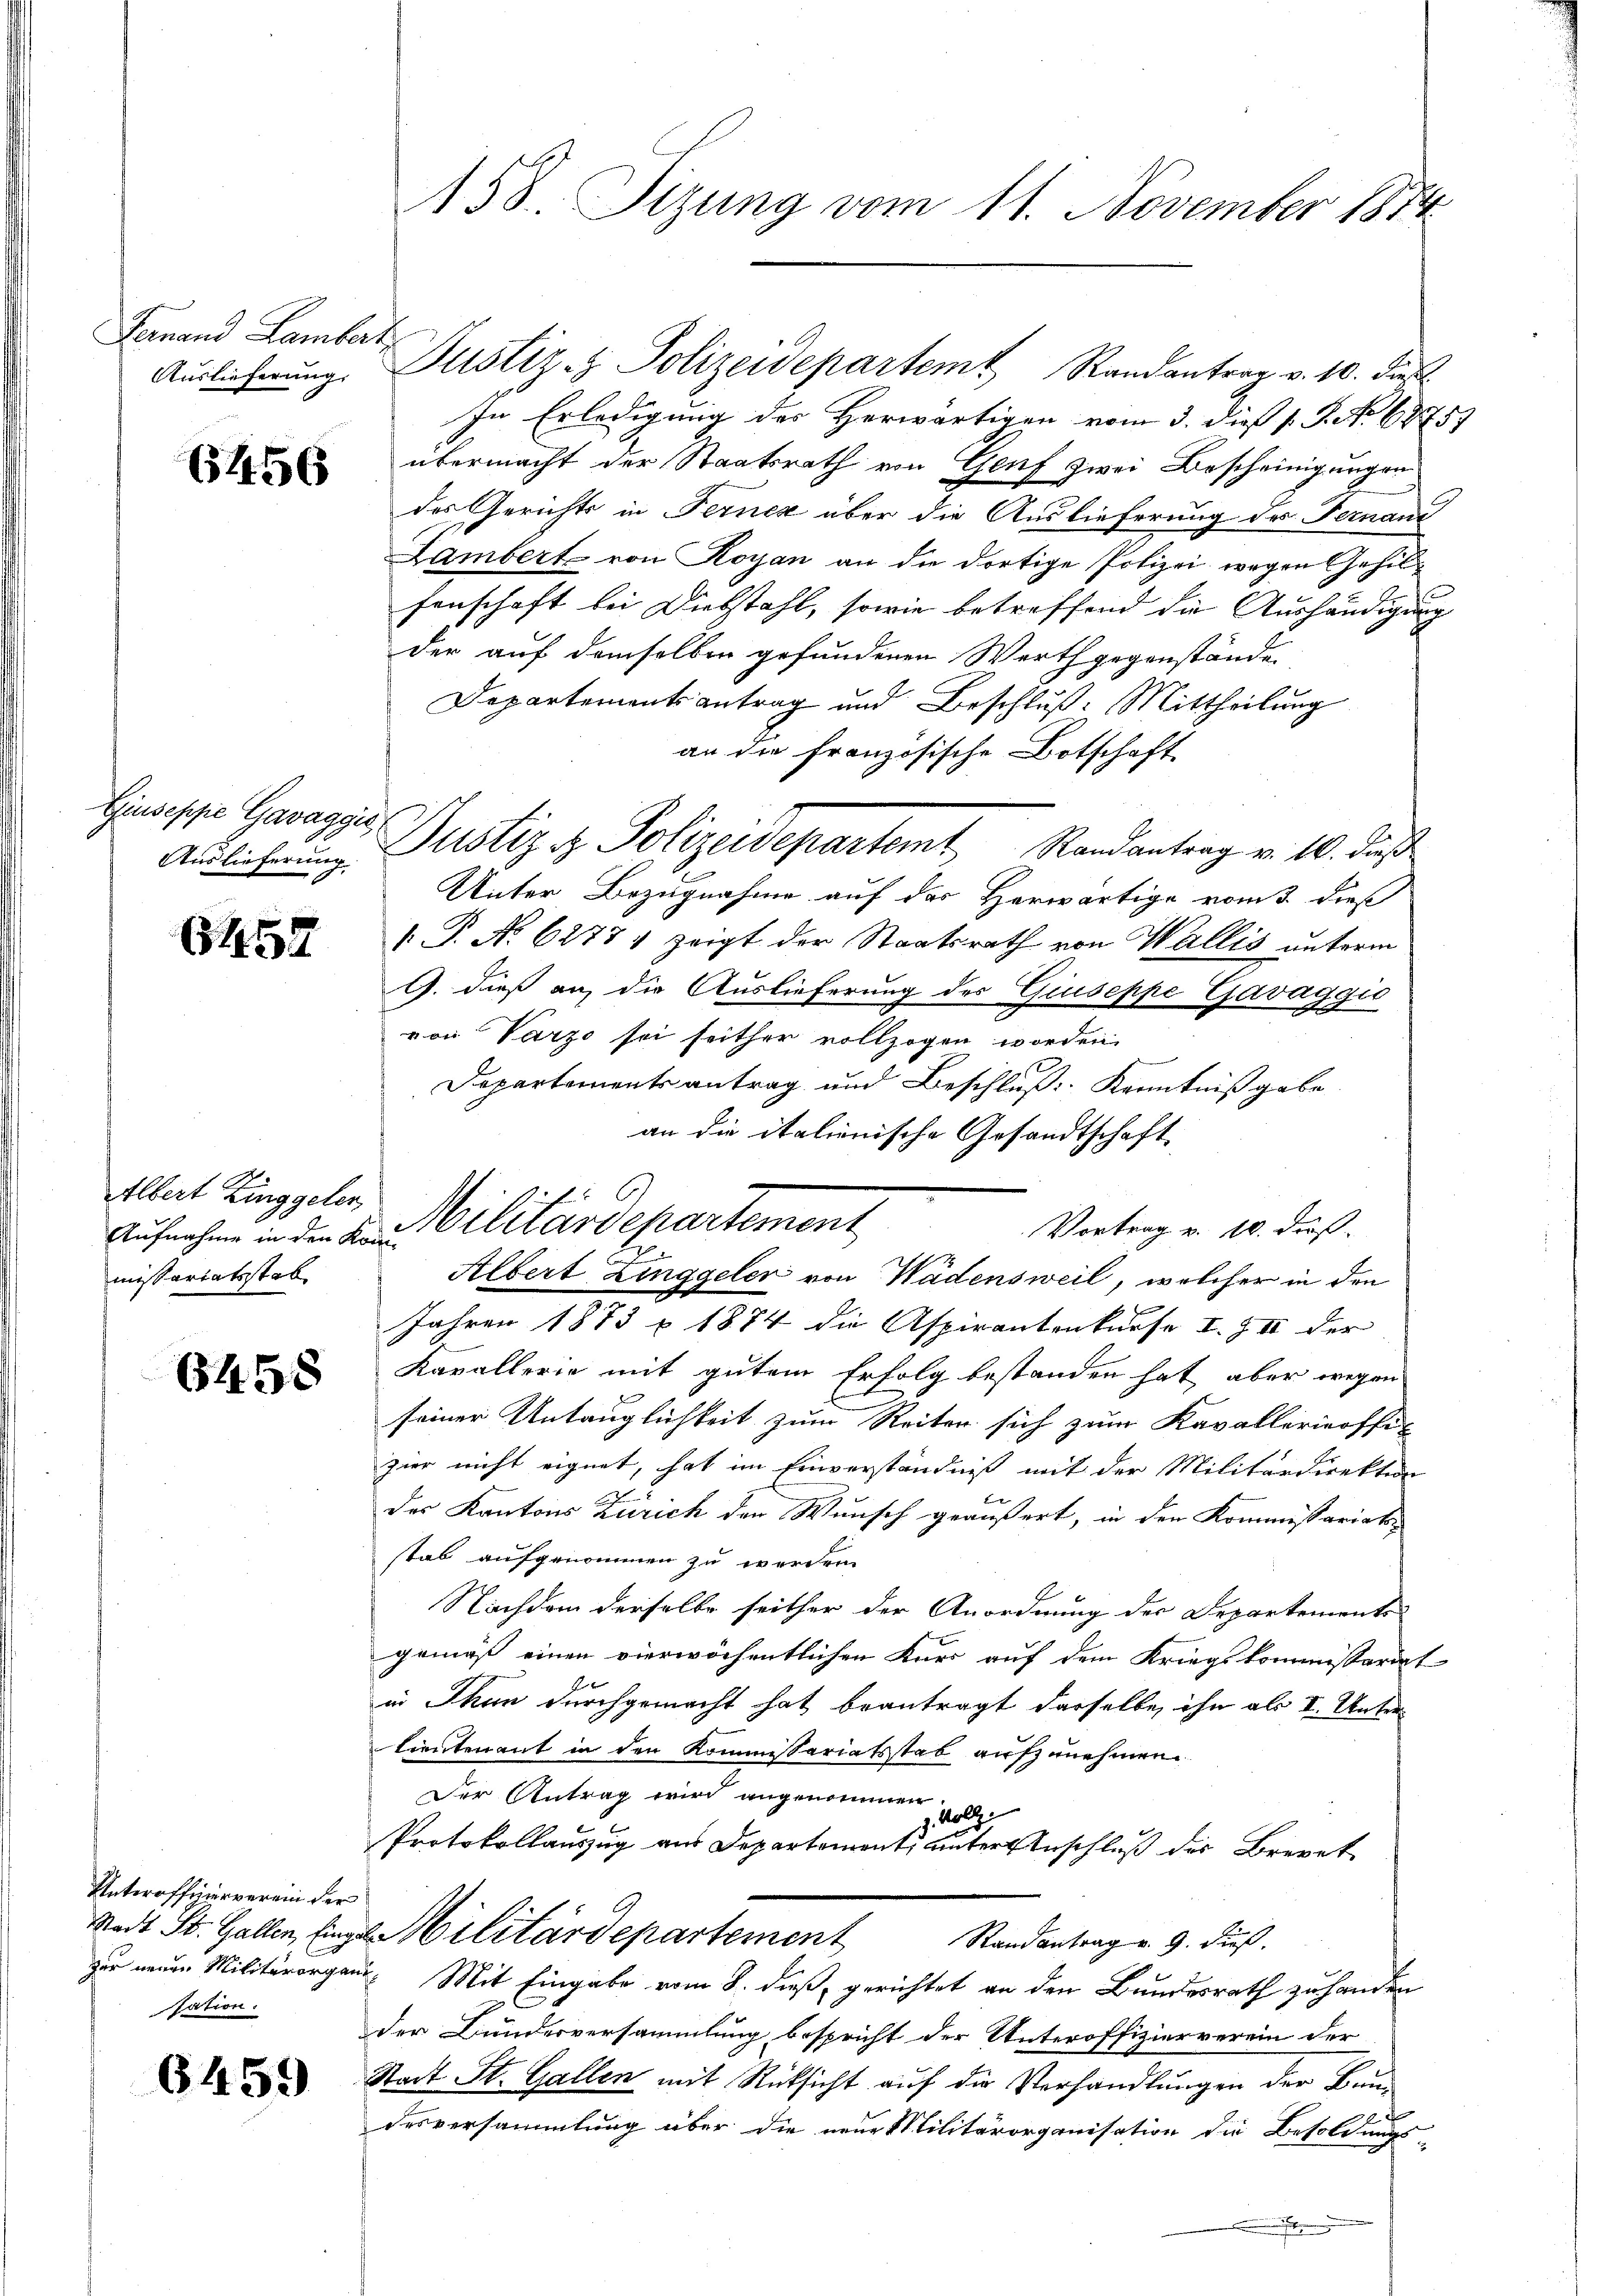
Genand Lambert
Auslieferung.

6456

Giuseppe Gavaggi
Auslieferung

6459

Albert Zinggeler,
missariatsstab

6458

Unterofferverein der
Stadt St. Gallen, Einga
zur neuen Militärorgen
sation.

6459

158. Sizung vom 11. November 1874.

Justiz- & Polizeidepartem Randantrag v. 10. dies
In Erledigung des Herwärtigen vom 3. dieß s. S. No 69759
übermacht der Staatsrath von Genf zwei Bescheinigungen
des Gerichts in Fernez über die Auslieferung des Fernant
Lambert von Royan an die dortige Polizei wegen Gehilsenschaft bei Diebstahl, sowie betreffend die Aushändigung
der auf demselben gefundenen Werth gegenstände,
Departements antrag und Beschluß: Mittheilung
an die französische Botschaft
Justiz & Polizeidepartamt Randantrag v. 10. daß
Unter Bezugnahme auf der Herwärtige vom 3. dieß
s P. No 6277, zeigt der Staatsrath von Wallis unterm
G. dieß an, die Auslieferung der Giuseppe Gavaggio
von Varzo sei seither vollzogen worden.
Departementsantrag und Beschluß: Kenntnißgabe
an die italienische Gesandtschaft
Vortrag v. 10. ders.
Albert Zinggeler von Wädensweil, welcher in den
Jahren 1873 u. 1874 die Aspirantenkurse I. Z II der
Kavallerie mit gutem Erfolg bestanden hat, aber wegen
seiner Untauglichkeit zum Reiten sich zum Kavallerinoffic
zier nicht eignet, hat im Einverständniß mit der Militärdirektion
F
des Kantons Zürich den Wunsch geäußert, in den Kommissariats-
stab aufgenommen zu werden.
Nachdem derselbe seither der Anordnung der Departements
gemäß einen vierwöchentlichen Kner auf dem Kriegskommissariat
in Thun durchgemacht hat beantragt derselbe, ihn als I. Unter¬
Lieutenant in den Kommissariatsstab aufzunehmen.
Der Antrag wird angenommen
g. Woll
Protokollauszug aus Departement, unter Anschluß des Brevet
Militärdepartement Randantrag u. 9. dieß.
 Mit Eingabe vom 8. dieß, gerichtet an den Bundesrath zu handen
der Bundesversammlung bespricht der Unteroffizierverein der
Stadt St. Gallen mit Rücksicht auf die Verhandlungen der Bun-
desversammlung über die neue Militärorganisation die Besoldungs-
.

Aufnahme in die an Militärdepartement